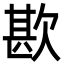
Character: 歁